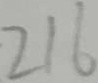
2 1 6